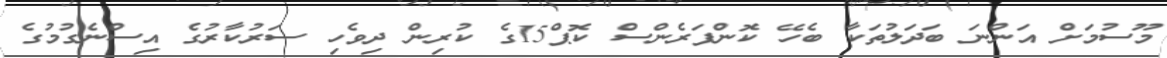
މޫސުމަށް އަންނަ ބަދަލުތަކާ ބެހޭ ކޮންފަރެންސް ކޮޕް15ގެ ކުރިން ދިވެހި ސަރުކާރުގެ އިސްނެގުމުގެ